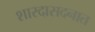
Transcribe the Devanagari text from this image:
शारदासदनात